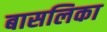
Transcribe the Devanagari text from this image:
बासलिका